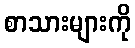
စာသားများကို